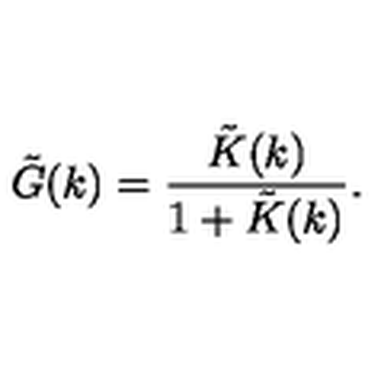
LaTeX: \tilde { G } ( k ) = \frac { \tilde { K } ( k ) } { 1 + \tilde { K } ( k ) } .